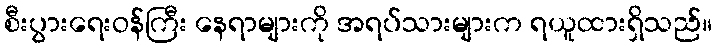
စီးပွားရေးဝန်ကြီး နေရာများကို အရပ်သားများက ရယူထားရှိသည်။